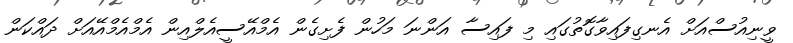
ވީނިއުސްއަށް އެނގިފައިވާގޮތުގައި މި ފައިސާ އަންނަ މަހުން ފެށިގެން އެމްއޭސީއެލްއިން އެމްއެމްއޭއަށް ދައްކަން